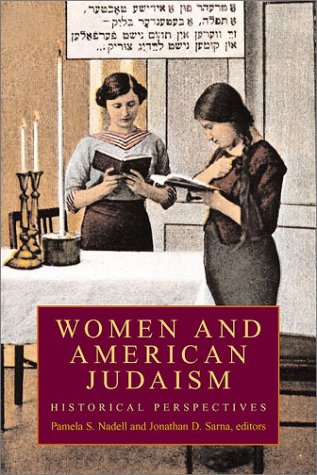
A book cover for Women and American Judaism: Historical Perspectives (Brandeis Series in American Jewish History, Culture, and Life); Politics & Social Sciences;